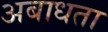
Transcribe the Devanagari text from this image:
अबाधता